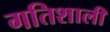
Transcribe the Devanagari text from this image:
गतिशाली